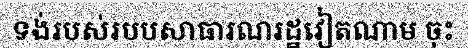
ទង់របស់របបសាធារណរដ្ឋវៀតណាម ចុះ